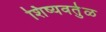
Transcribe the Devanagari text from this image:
शिष्यवर्तुळ